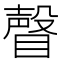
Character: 𥊧